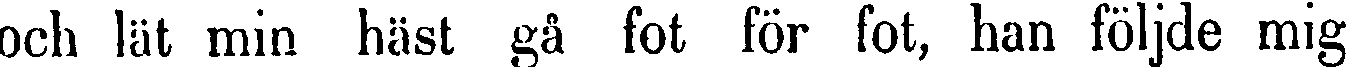
och lät min häst gå fot för fot, han följde mig